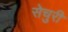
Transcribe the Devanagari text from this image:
सेचुरी